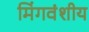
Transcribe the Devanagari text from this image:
मिंगवंशीय